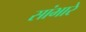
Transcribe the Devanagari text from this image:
सांभारे